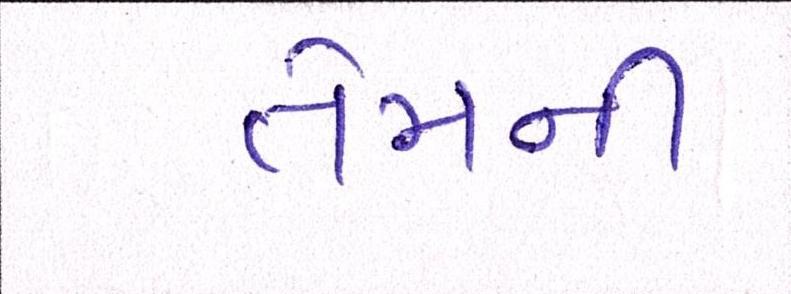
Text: તેમની